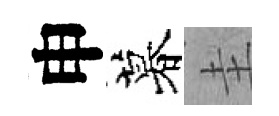
申暮圭